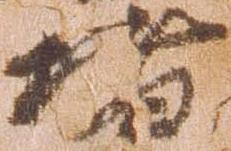
堵